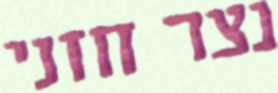
נצר חזני